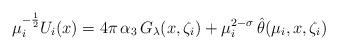
LaTeX: \begin{align*}\mu_i^{-\frac{1}{2}}U_i(x)=4\pi\,\alpha_3\,G_{\lambda}(x,\zeta_i)+\mu_i^{2-\sigma}\,\hat{\theta}(\mu_i,x,\zeta_i)\end{align*}